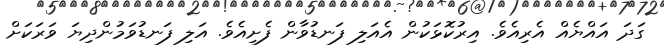
ގަދަ އައްޔެއް އެރިއެވެ. އިރުކޮޅަކުން އެއަލި ފަނޑުވާން ފެށިއެވެ. އަލި ފަނޑުވަމުންދިޔަ ވަރަކަށް